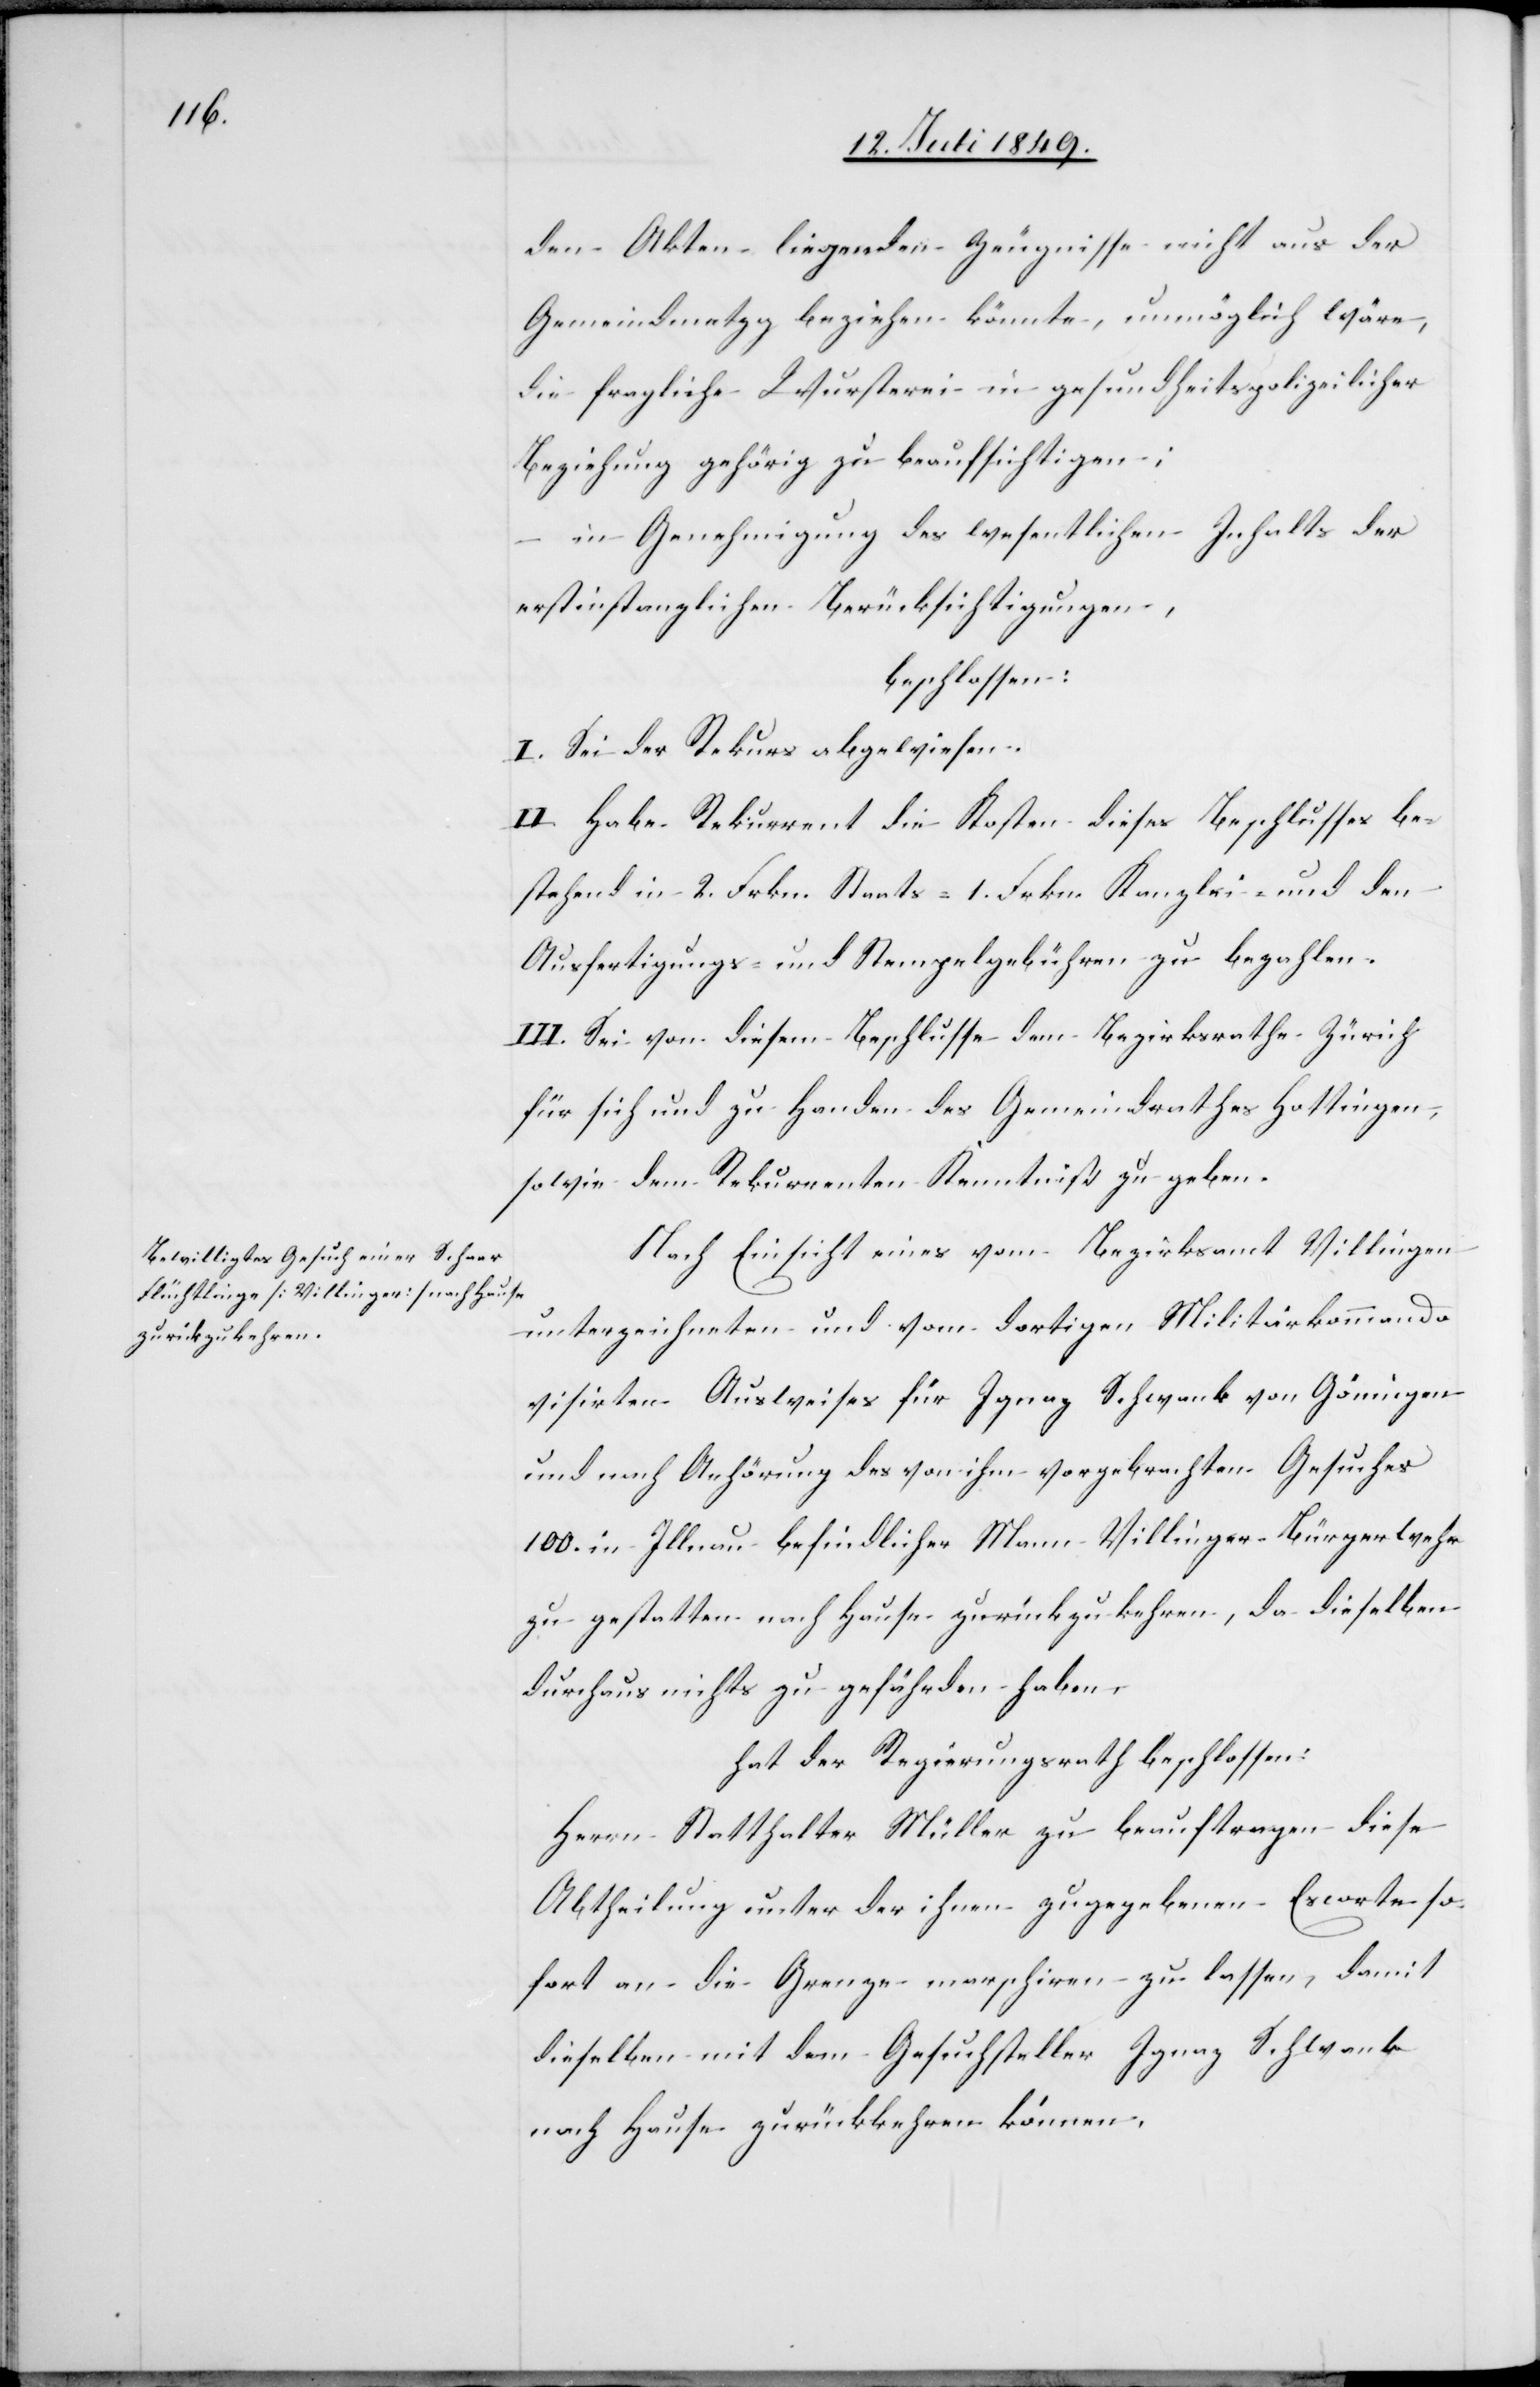
den Akten liegenden Zeugnisse nicht aus der
Gemeindemetzg beziehen könnte, unmöglich wäre,
die fragliche Wursterei in gesundheitspolizeilicher
Beziehung gehörig zu beaufsichtigen,
beschlossen:
I. Sei der Rekurs abgewiesen.
II. Habe Rekurrent die Kosten dieses Beschlusses be¬
stehend in 2. Frkn. Staats-[,] 1. Frkn. Kanzlei- und den
Ausfertigungs- und Stempelgebühren zu bezahlen.
III. Sei von diesem Beschlusse dem Bezirksrathe Zürich
für sich und zu Handen des Gemeindrathes Hottingen,
sowie dem Rekurrenten Kenntniß zu geben.
Nach Einsicht eines vom Bezirksamt Villingen
unterzeichneten und vom dortigen Militärkommando
visirten Ausweise für Ignaz Schwank von Gömingen
und nach Anhörung des von ihm vorgebrachten Gesuches
100. in Illnau befindlicher Mann Villiger-Bürgerwehr
zu gestatten nach Hause zurückzukehren, da dieselben
durchaus nichts zu gefährden haben,
hat der Regierungsrath beschlossen:
Herren Statthalter Müller zu beauftragen diese
Abtheilung unter der ihnen zugegebenen Escorte so¬
fort an die Grenze marschiren zu lassen, damit
dieselben mit dem Gesuchsteller Ignaz Schwank
nach Hause zurückkehren können.